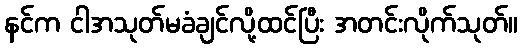
နင်က ငါအသုတ်မခံချင်လို့ထင်ပြီး အတင်းလိုက်သုတ်။